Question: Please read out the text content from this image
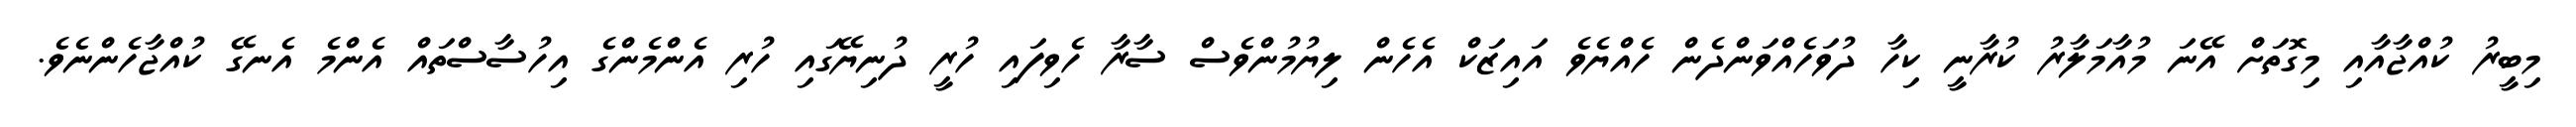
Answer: މިބީރު ކުއްޖާއާއި މިގޮތަށް އޭނަ މުއާމަލާރު ކުރާނީ ކިހާ ދުވަހެއްވަންދެން ހެއްޔެވެ އައިޒަކް އެހެން ލިޔުމުންވެސް ސާރާ ހެވިފައި ހުރީ ދުނިޔޭގައި ހުރި އެންމެންގެ އިހުސާސްތައް އެންމެ އެނގޭ ކުއްޖާހެންނެވެ.